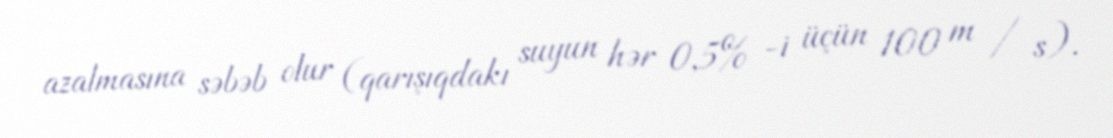
azalmasına səbəb olur (qarışıqdakı suyun hər 0,5% -i üçün 100 m / s).